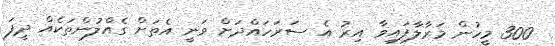
300 މީހުން މަރާލާފައިވާ އިރު އެ ސަރަހައްދަށް ވަނީ އެތަށް ގެއްލުންތަކެއް ދީފަ